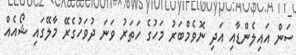
ސަން އައިލެންޑާއި އަދި ނޮވެމްބަރު މަހުގެ ހަތަރު ވަނަ ދުވަހުގެރޭ މާލޭގައި ޝޯއެއް